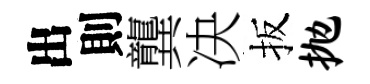
出則龔决扳抛